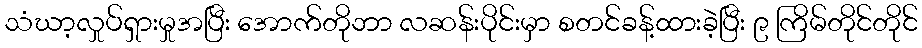
သံဃာ့လှုပ်ရှားမှုအပြီး အောက်တိုဘာ လဆန်းပိုင်းမှာ စတင်ခန့်ထားခဲ့ပြီး ၉ ကြိမ်တိုင်တိုင်